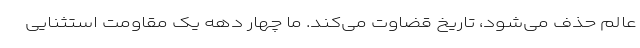
عالم حذف می‌شود، تاریخ قضاوت می‌کند. ما چهار دهه یک مقاومت استثنایی